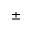
\pm